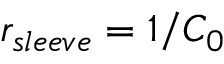
r _ { s l e e v e } = 1 / C _ { 0 }